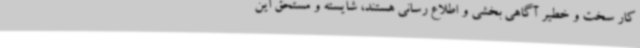
کار سخت و خطیر آگاهی بخشی و اطلاع رسانی هستند، شایسته و مستحق این